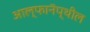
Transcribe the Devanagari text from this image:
आल्फानॅप्थील